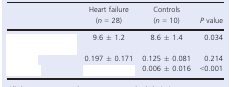
<table><thead><tr><td>[EMPTY_CELL]</td><td><b>Heart failure (<i>n</i> = 28)</b></td><td><b>Controls (<i>n</i> = 10)</b></td><td><b><i>P</i> value</b></td></tr></thead><tbody><tr><td>[EMPTY_CELL]</td><td>9.6 ± 1.2</td><td>8.6 ± 1.4</td><td>0.034</td></tr><tr><td>[EMPTY_CELL]</td><td>0.197 ± 0.171</td><td>0.125 ± 0.081</td><td>0.214</td></tr><tr><td>[EMPTY_CELL]</td><td>[EMPTY_CELL]</td><td>0.006 ± 0.016</td><td>&lt;0.001</td></tr></tbody></table>